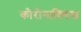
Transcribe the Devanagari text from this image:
कोरोनाविरुस